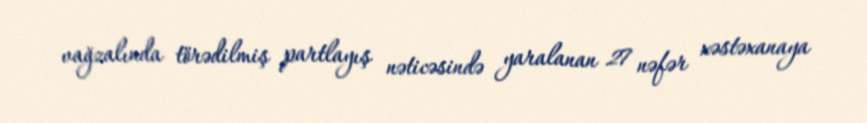
vağzalında törədilmiş partlayış nəticəsində yaralanan 27 nəfər xəstəxanaya